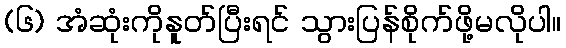
(၆) အံဆုံးကိုနူတ်ပြီးရင် သွားပြန်စိုက်ဖို့မလိုပါ။